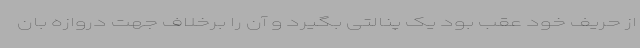
از حریف خود عقب بود یک پنالتی بگیرد و آن را برخلاف جهت دروازه بان